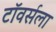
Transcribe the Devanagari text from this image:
टॉवर्सला